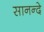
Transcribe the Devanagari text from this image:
सानन्दे